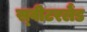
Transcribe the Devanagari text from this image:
स्‍वीटरलैंड